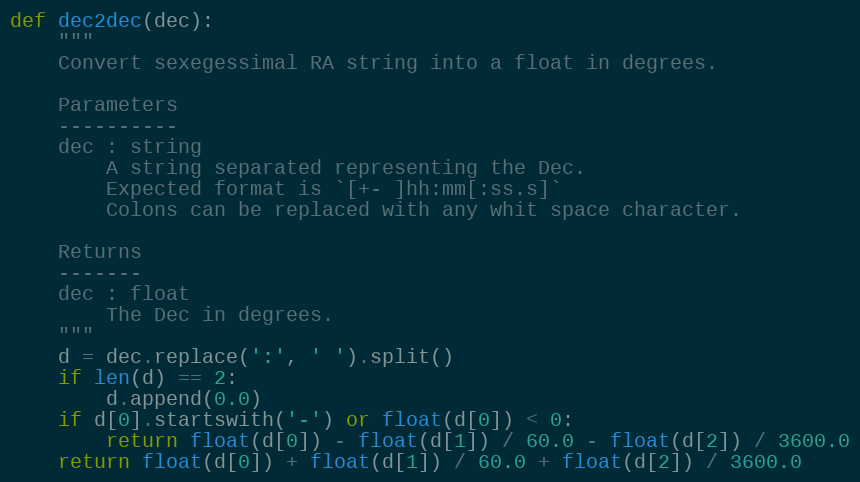
Language: Python
def dec2dec(dec):
    """
    Convert sexegessimal RA string into a float in degrees.

    Parameters
    ----------
    dec : string
        A string separated representing the Dec.
        Expected format is `[+- ]hh:mm[:ss.s]`
        Colons can be replaced with any whit space character.

    Returns
    -------
    dec : float
        The Dec in degrees.
    """
    d = dec.replace(':', ' ').split()
    if len(d) == 2:
        d.append(0.0)
    if d[0].startswith('-') or float(d[0]) < 0:
        return float(d[0]) - float(d[1]) / 60.0 - float(d[2]) / 3600.0
    return float(d[0]) + float(d[1]) / 60.0 + float(d[2]) / 3600.0